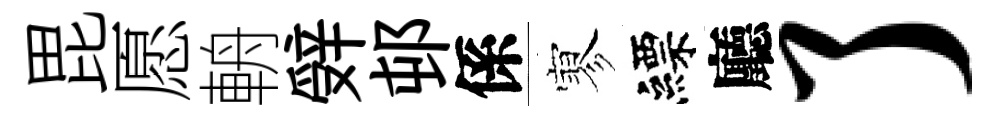
毘愿輈辤邨係寥縹廳了